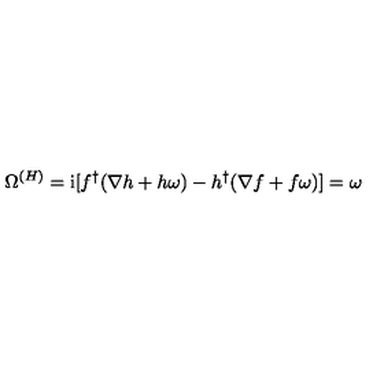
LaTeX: \Omega ^ { ( H ) } = \mathrm { i } [ f ^ { \dagger } ( \nabla h + h \omega ) - h ^ { \dagger } ( \nabla f + f \omega ) ] = \omega